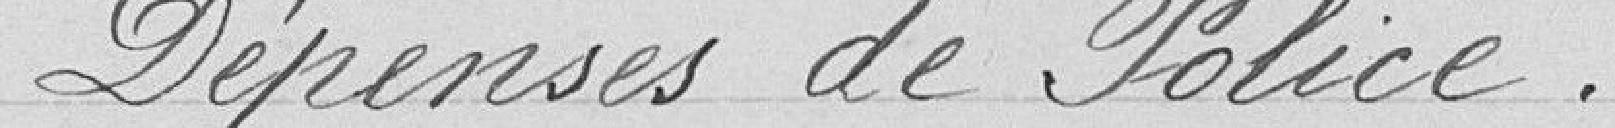
Dépenses de Police